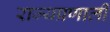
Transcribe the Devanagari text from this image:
राज्यप्रणाली